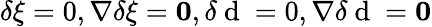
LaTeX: \delta\xi=0,\nabla\delta\xi=\mathbf{0},\delta\mathrm{~d~}=0,\nabla\delta\mathrm{~d~}=\mathbf{0}